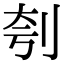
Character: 刳